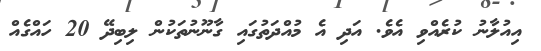
އިއުލާނު ކުރެއްވި އެވެ. އަދި އެ މުއްދަތުގައި ގާނޫނުތަކުން ލިބިދޭ 20 ހައްގެއް